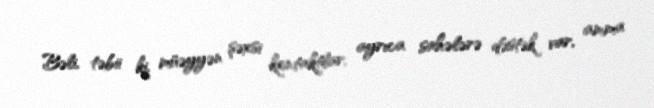
Bəli, təbii ki, müəyyən şəxsi kontaktlar, ayrıca sahələrə dəstək var, amma